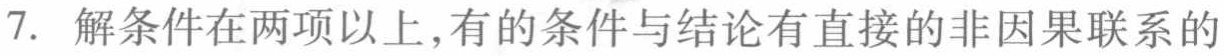
7. 解条件在两项以上,有的条件与结论有直接的非因果联系的